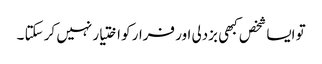
تو ایسا شخص کبھی بزدلی اور فرار کو اختیار نہیں کر سکتا ۔